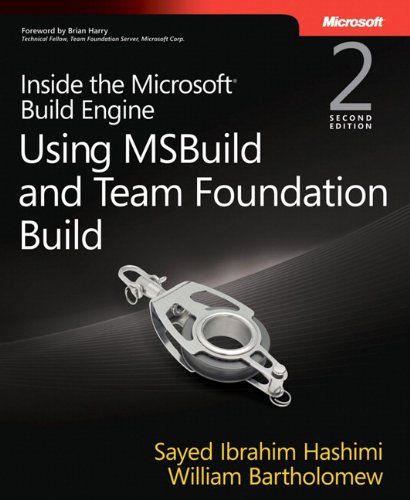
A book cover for Inside the Microsoft Build Engine: Using MSBuild and Team Foundation Build (2nd Edition) (Developer Reference); Sayed Hashimi; Computers & Technology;